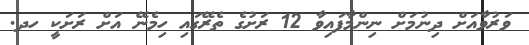
ވަރުވާއަށް ދިނުމަށް ނިންމާފައިވާ 12 ރަށުގެ ތެރޭގައި ހިމެނޭ އަށް ރަށަކީ ހދ.